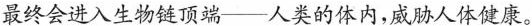
最终会进入生物链顶端——人类的体内,威胁人体健康。